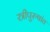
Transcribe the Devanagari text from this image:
स्त्रीपुरुषांत